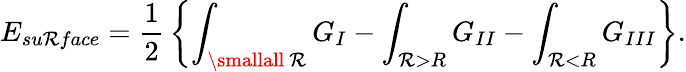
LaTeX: E_{su\mathcal{R}face}={\frac{{1}}{{2}}}\left\{ \int_{\smallall\ \mathcal{R}}G_{I}-\int_{\mathcal{R}>R}G_{II}-\int_{\mathcal{R}<R}G_{III}\right\} .